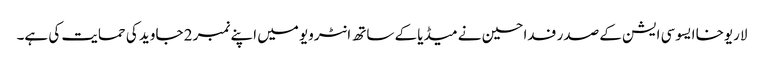
لاریوخا ایسوسی ایشن کے صدر فدا حسین نے میڈیا کے ساتھ انٹرویو میں اپنے نمبر 2 جاوید کی حمایت کی ہے۔